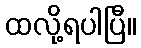
ထလို့ရပါပြီ။